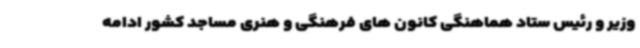
وزیر و رئیس ستاد هماهنگی کانون های فرهنگی و هنری مساجد کشور ادامه